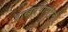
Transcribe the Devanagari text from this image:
दाखल्यापासून